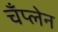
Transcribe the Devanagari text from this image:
चँप्लेन